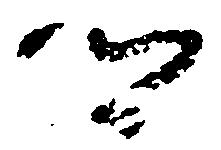
郷